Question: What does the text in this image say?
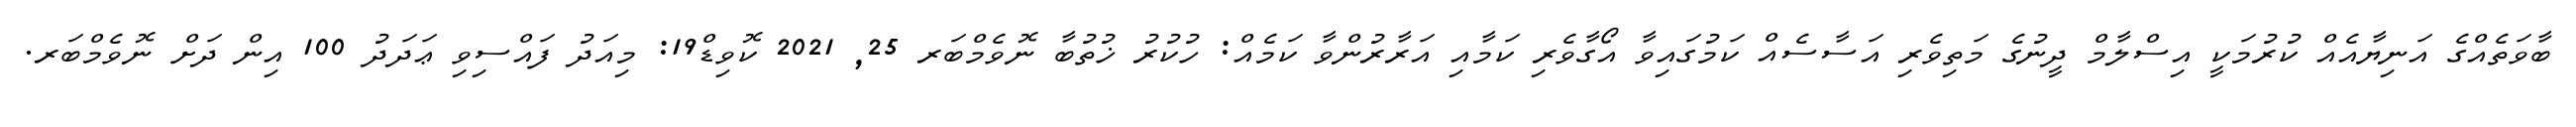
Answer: ބާވަތެއްގެ އަނިޔާއެއް ކުރުމަކީ އިސްލާމް ދީނުގެ މަތިވެރި އަސާސެއް ކަމުގައިވާ އޯގާވެރި ކަމާއި އަރާރުންވާ ކަމެއް: ހުކުރު ޚުތުބާ ނޮވެމްބަރ 25, 2021 ކޮވިޑް19: މިއަދު ފައްސިވި ޢަދަދު 100 އިން ދަށް ނޮވެމްބަރ.